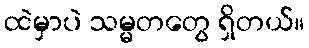
ထဲမှာပဲ သမ္မတတွေ ရှိတယ်။